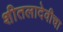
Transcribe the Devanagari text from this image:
शीतलादेवीचा